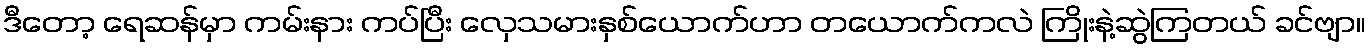
ဒီတော့ ရေဆန်မှာ ကမ်းနား ကပ်ပြီး လှေသမားနှစ်ယောက်ဟာ တယောက်ကလဲ ကြိုးနဲ့ဆွဲကြတယ် ခင်ဗျာ။